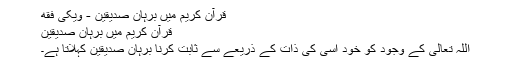
قرآن کریم میں برہان صدیقین - ویکی فقه
قرآن کریم میں برہان صدیقین
اللہ تعالی کے وجود کو خود اسی کی ذات کے ذریعے سے ثابت کرنا برہانِ صدّیقین کہلاتا ہے۔